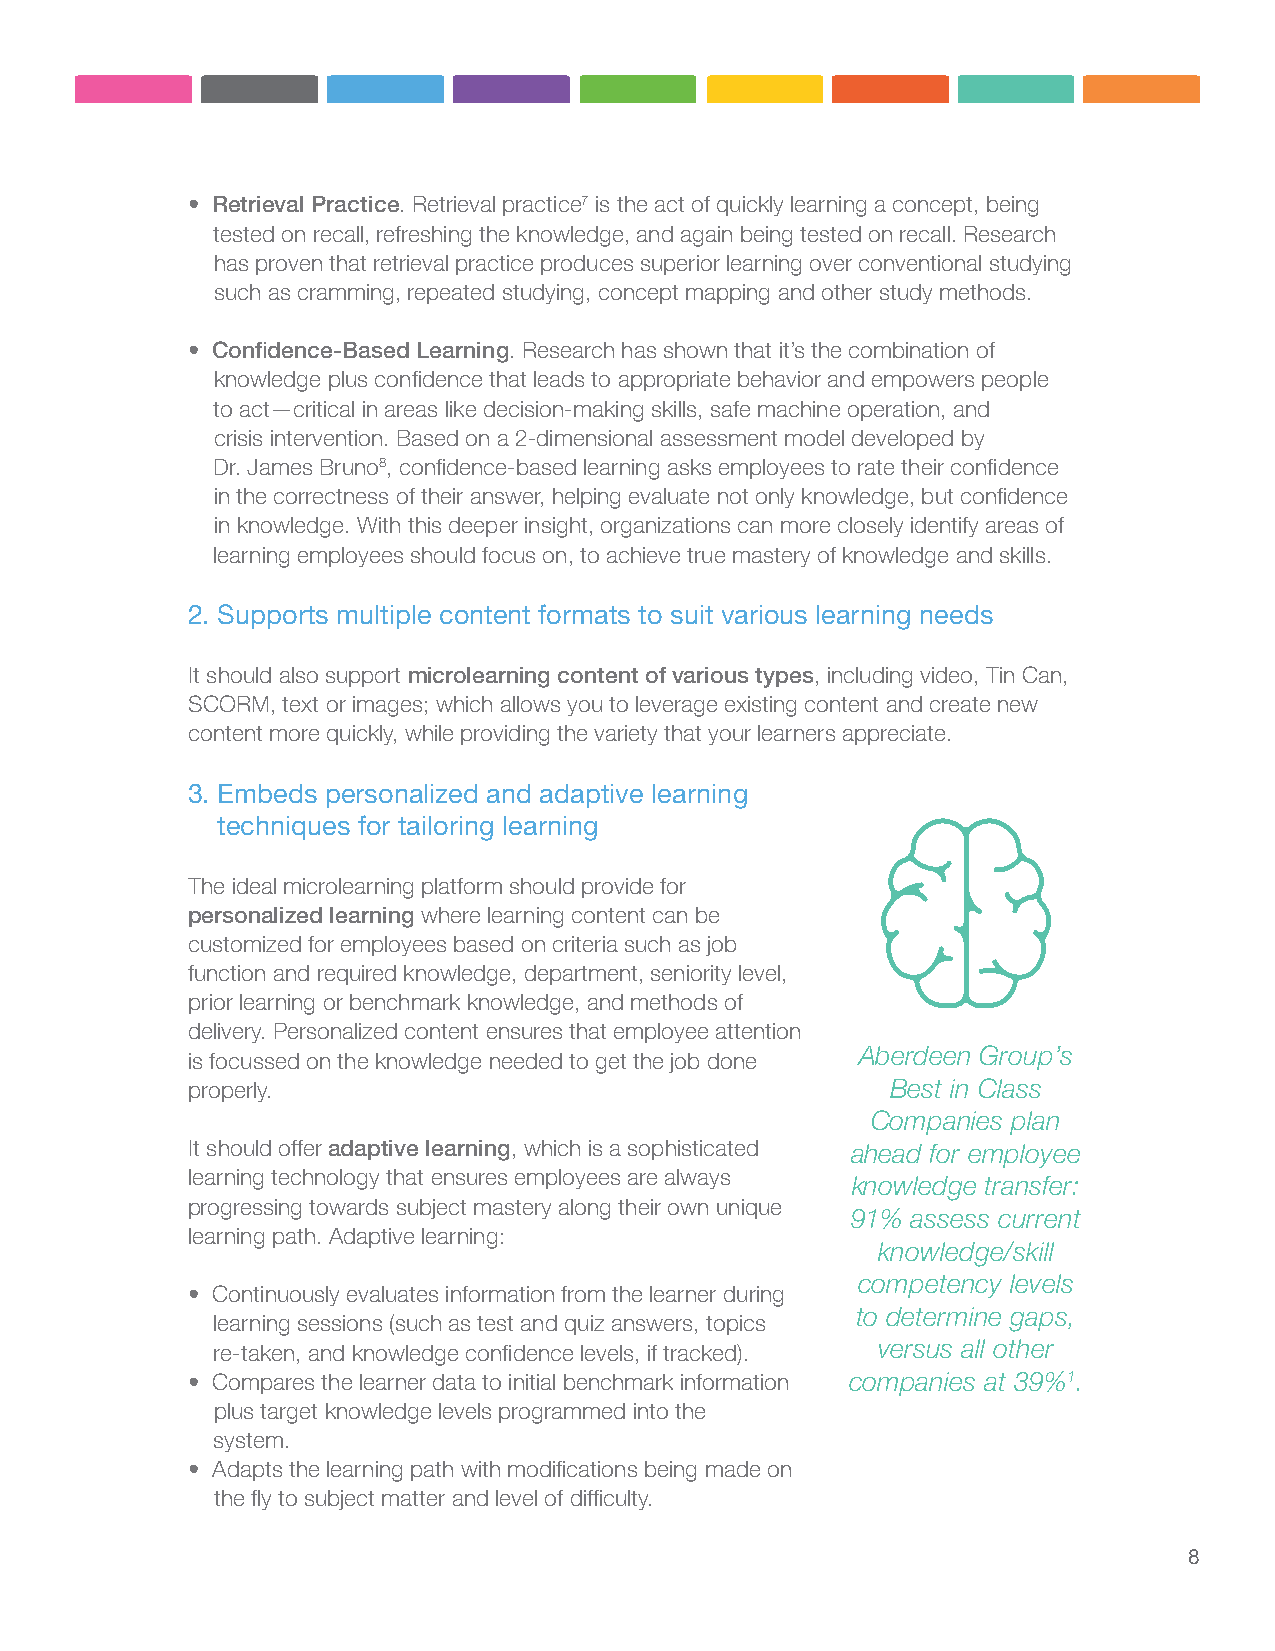
• Retrieval Practice. Retrieval practice7 is the act of quickly learning a concept, being
 tested on recall, refreshing the knowledge, and again being tested on recall. Research
 has proven that retrieval practice produces superior learning over conventional studying
 such as cramming, repeated studying, concept mapping and other study methods.
 • Confidence-Based Learning. Research has shown that it’s the combination of
 knowledge plus confidence that leads to appropriate behavior and empowers people
 to act—critical in areas like decision-making skills, safe machine operation, and
 crisis intervention. Based on a 2-dimensional assessment model developed by
 Dr. James Bruno8, confidence-based learning asks employees to rate their confidence
 in the correctness of their answer, helping evaluate not only knowledge, but confidence
 in knowledge. With this deeper insight, organizations can more closely identify areas of
 learning employees should focus on, to achieve true mastery of knowledge and skills.
 2. Supports multiple content formats to suit various learning needs
 It should also support microlearning content of various types, including video, Tin Can,
 SCORM, text or images; which allows you to leverage existing content and create new
 content more quickly, while providing the variety that your learners appreciate.
 3. Embeds personalized and adaptive learning
 techniques for tailoring learning
 The ideal microlearning platform should provide for
 personalized learning where learning content can be
 customized for employees based on criteria such as job
 function and required knowledge, department, seniority level,
 prior learning or benchmark knowledge, and methods of
 delivery. Personalized content ensures that employee attention
 Aberdeen Group’s
 is focussed on the knowledge needed to get the job done
 properly.                                      Best in Class
 Companies plan
 It should offer adaptive learning, which is a sophisticated ahead for employee
 learning technology that ensures employees are always
 knowledge transfer:
 progressing towards subject mastery along their own unique
 91% assess current
 learning path. Adaptive learning:
 knowledge/skill
 competency levels
 • Continuously evaluates information from the learner during
 to determine gaps,
 learning sessions (such as test and quiz answers, topics
 re-taken, and knowledge confidence levels, if tracked). versus all other
 • Compares the learner data to initial benchmark information companies at 39%1.
 plus target knowledge levels programmed into the
 system.
 • Adapts the learning path with modifications being made on
 the fly to subject matter and level of difficulty.
 8